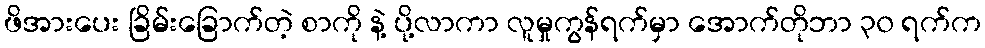
ဖိအားပေး ခြိမ်းခြောက်တဲ့ စာကို နဲ့ ပို့လာကာ လူမှုကွန်ရက်မှာ အောက်တိုဘာ ၃၀ ရက်က